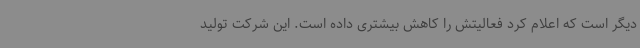
دیگر است که اعلام کرد فعالیتش را کاهش بیشتری داده است. این شرکت تولید